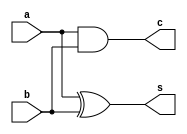
`timescale 1ns / 1ps
//////////////////////////////////////////////////////////////////////////////////
// Company: 
// Engineer: 
// 
// Design Name: 
// Module Name: HA
// Project Name: 
// Target Devices: 
// Tool Versions: 
// Description: 
// 
// Dependencies: 
// 
// Revision:
// Revision 0.01 - File Created
// Additional Comments:
// 
//////////////////////////////////////////////////////////////////////////////////


module HA(
    a,b,s,c
    );
    input a,b;
    output s,c;

    assign s=a^b;
    assign c=a&b;
endmodule